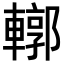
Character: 𨎎